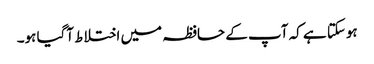
ہوسکتا ہے کہ آپ کے حافظہ میں اختلاط آگیا ہو۔